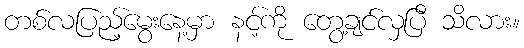
တစ်လပြည့်မွေးနေ့မှာ နင့်ကို တွေ့ချင်လှပြီ သိလား။